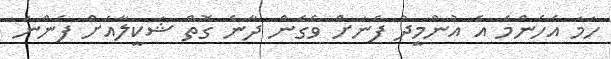
ހަމަ އެހެންމެ އެ އުންމީދު ފެނަށް ވެގެން ދާނެ ގޮތް ޝަކީލާއަށް ފެންނަ